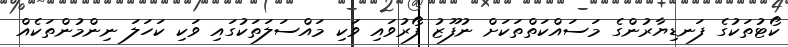
ކޯޓުތަކުގެ ފަނޑިޔާރުންގެ މަސައްކަތްތަކަށް ނުފޫޒު ފޯރުވައި ވަކި މައްސަލަތަކުގައި ވަކި ކަހަލަ ނިންމުންތަކެއް